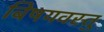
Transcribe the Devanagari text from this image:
बिषयवस्तु